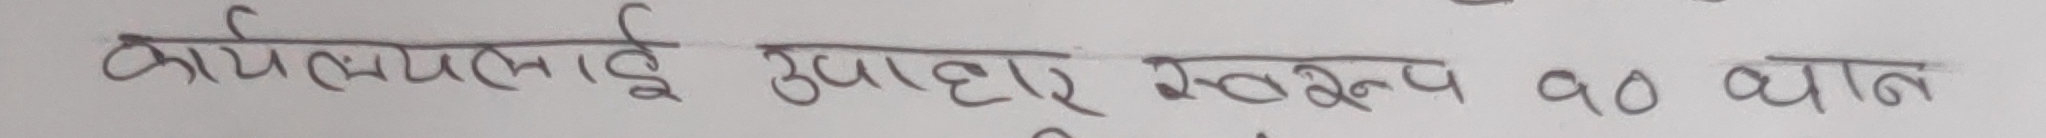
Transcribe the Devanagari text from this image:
कार्यलयलाई उपहार स्वरूप १० थान